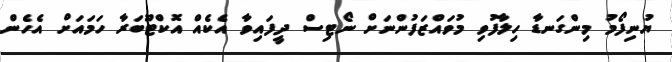
ޔުނިފޯމު މިންގަނޑާ ހިލާފުވި މުވައްޒަފުންނަށް ނޯޓިސް ދީފައިވާ އެކެއް އޮކްޓޫބަރާ ހަމައަށް އެހެން